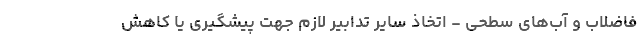
فاضلاب و آب‌های سطحی - اتخاذ سایر تدابیر لازم جهت پیشگیری یا کاهش